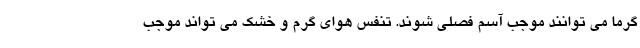
گرما می توانند موجب آسم فصلی شوند. تنفس هوای گرم و خشک می تواند موجب